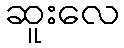
ဆူးလေ